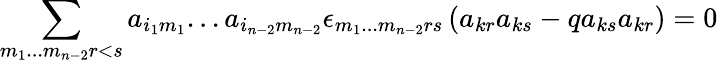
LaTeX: \sum_{m_{1}...m_{n-2}r<s}a_{i_{1}m_{1}}...a_{i_{n-2}m_{n-2}}\epsilon_{m_{1}...m_{n-2}rs}\left(a_{kr}a_{ks}-qa_{ks}a_{kr}\right)=0